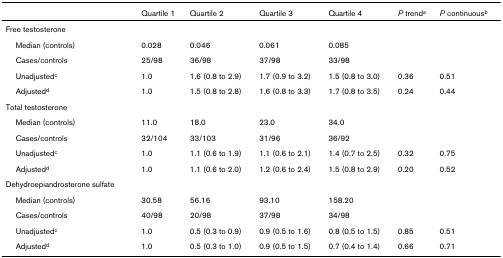
|  | Quartile 1 | Quartile 2 | Quartile 3 | Quartile 4 | P trenda | P continuousb |
 | --- | --- | --- | --- | --- | --- | --- |
 | Free testosterone |  |  |  |  |  |  |
 | Median (controls) | 0.028 | 0.046 | 0.061 | 0.085 |  |  |
 | Cases/controls | 25/98 | 36/98 | 37/98 | 33/98 |  |  |
 | Unadjustedc | 1.0 | 1.6 (0.8 to 2.9) | 1.7 (0.9 to 3.2) | 1.5 (0.8 to 3.0) | 0.36 | 0.51 |
 | Adjustedd | 1.0 | 1.5 (0.8 to 2.8) | 1.6 (0.8 to 3.3) | 1.7 (0.8 to 3.5) | 0.24 | 0.44 |
 | Total testosterone |  |  |  |  |  |  |
 | Median (controls) | 11.0 | 18.0 | 23.0 | 34.0 |  |  |
 | Cases/controls | 32/104 | 33/103 | 31/96 | 36/92 |  |  |
 | Unadjustedc | 1.0 | 1.1 (0.6 to 1.9) | 1.1 (0.6 to 2.1) | 1.4 (0.7 to 2.5) | 0.32 | 0.75 |
 | Adjustedd | 1.0 | 1.1 (0.6 to 2.0) | 1.2 (0.6 to 2.4) | 1.5 (0.8 to 2.9) | 0.20 | 0.52 |
 | Dehydroepiandrosterone sulfate |  |  |  |  |  |  |
 | Median (controls) | 30.58 | 56.16 | 93.10 | 158.20 |  |  |
 | Cases/controls | 40/98 | 20/98 | 37/98 | 34/98 |  |  |
 | Unadjustedc | 1.0 | 0.5 (0.3 to 0.9) | 0.9 (0.5 to 1.6) | 0.8 (0.5 to 1.5) | 0.85 | 0.51 |
 | Adjustedd | 1.0 | 0.5 (0.3 to 1.0) | 0.9 (0.5 to 1.5) | 0.7 (0.4 to 1.4) | 0.66 | 0.71 |